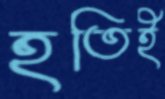
হতিই